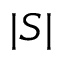
| S |